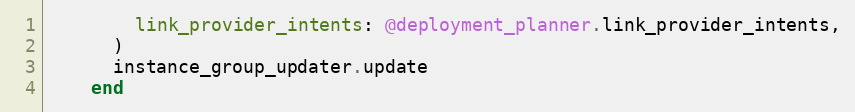
Language: Ruby
        link_provider_intents: @deployment_planner.link_provider_intents,
      )
      instance_group_updater.update
    end